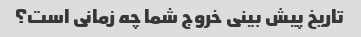
تاریخ پیش بینی خروج شما چه زمانی است؟